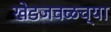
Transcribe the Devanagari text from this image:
खेडजवळच्या